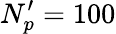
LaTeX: N_{p}^{\prime}=100